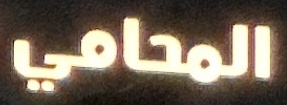
المحامي